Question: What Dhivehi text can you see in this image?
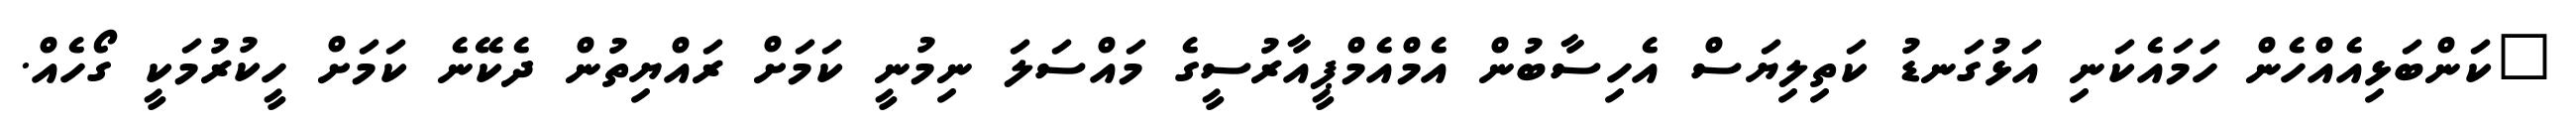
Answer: "ކަންބަޅިއެއްހެން ހަމައެކަނި އަޅުގަނޑު ކަތިލިޔަސް އެހިސާބުން އެމްއެމްޕީއާރުސީގެ މައްސަލަ ނިމުނީ ކަމަށް ރައްޔިތުން ދެކޭނެ ކަމަށް ހީކުރުމަކީ ގޯހެއް.